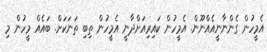
އެމީހުން ގެންނާނީއެއްނޫން. އެމީހުން ކައިރިއަށްދާނީ އެމީހުން ތިބި ތަނަކަށް. ބައެއް މީހުން މި